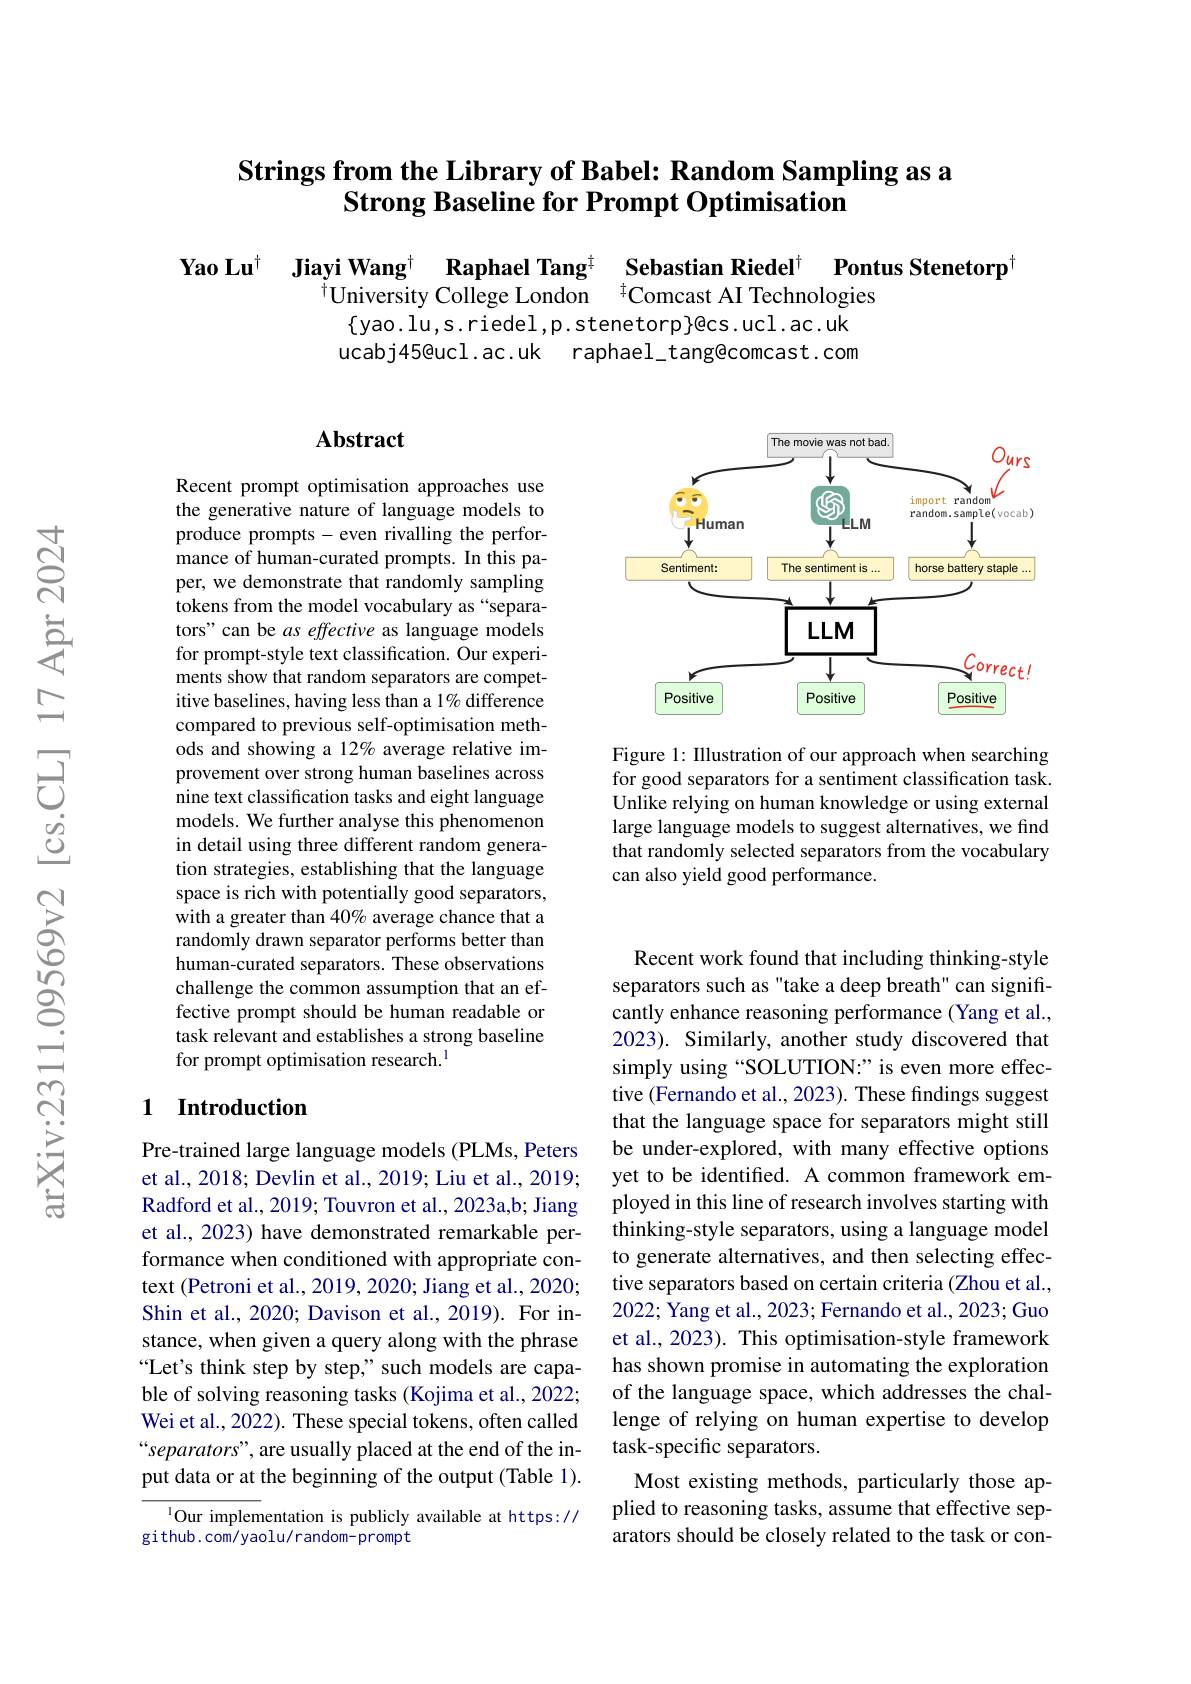
## Strings from the Library of Babel: Random Sampling as a Strong Baseline for Prompt O

Yao Lu$^{\dagger}$ Jiayi Wang$^{\dagger}$
$\{$yao.lu,s.riedel,p.stenetorp$\}$@cs.ucl.ac.uk ucabj45@ucl.ac.uk raphael_tang@comcast.com

<FigureHere>

Figure 1: Illustration of our approach when searching for good separators for a sentiment classification task. Unlike relying on human know large language models to sug that randomly selected separators from the vocabulary can also yield good performance.

## Abstract

Recent prompt optimisation approaches use the generative nature of language models to produce prompts-even rivalling the performance of human-curated promp per, we demonstrate that randomly sampling tokens from the model vocabu tors" can be as effective as for prompt-style text classification. Our experiments show that random separators are competitive baselines, having less compared to previous self-op ods and showing a 12% average relative improvement over strong human baselines across nine text classification tasks and eight language models. We further analyse this phenomenon in detail using three different random generation strategies, establishin space is rich with potentially good separators, with a greater than 40% aver randomly drawn separator per human-curated separators. Th challenge the common assumption that an effective prompt should be human readable or task relevant and establishes a strong baseline for prompt optimisation research.$^{1}$

## 1 Introduction

Pre-trained large language m et al., 2018; Devlin et al., 2019; Liu et al., 2019; Radford et al., 2019; Touvron et al., 2023a,b; Jiang et al., 2023) have demonstra formance when conditioned with appropriate context (Petroni et al., 2019, 2020; Jiang et al., 2020; Shin et al., 2020; Davison et al., 2019). For instance, when given a query along with the phrase “Let's think step by step," such models are capable of solving reasoning tasks (Kojima et al., 2022; Wei et al., 2022). These special tokens, often called “separators”, are usually pl put data or at the beginning

Our implementation is publicly available at https://
github. com/ yaolu/ random- prompt

Recent work found that inclu separators such as "take a deep breath" can significantly enhance reasoning performance (Yang et al., 2023). Similarly, another study discovered that simply using “SOLUTION:” is even more effective (Fernando et al., 2023) that the language space for be under-explored, with many effective options yet to be identified. A comm ployed in this line of research involves starting with thinking-style separators, using a language model to generate alternatives, and then selecting effective separators based on cer 2022; Yang et al., 2023; Fernando et al., 2023; Guo et al., 2023). This optimisation-style framework has shown promise in automating the exploration of the language space, which addresses the challenge of relying on human expertise to develop task-specific separators.
Most existing methods, parti plied to reasoning tasks, as arators should be closely related to the task or con-